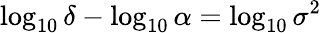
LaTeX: \log_{10}\delta-\log_{10}\alpha=\log_{10}\sigma^{2}